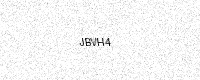
Text: JBVH4